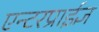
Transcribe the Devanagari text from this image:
एन्टरप्राईज्ञ